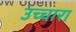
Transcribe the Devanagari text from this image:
उच्चारा